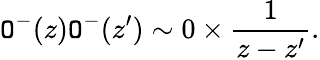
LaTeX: {\cal\mathtt{O}}^{-}(z){\cal\mathtt{O}}^{-}(z^{\prime})\sim0\times\frac{{1}}{{z-z^{\prime}}}.